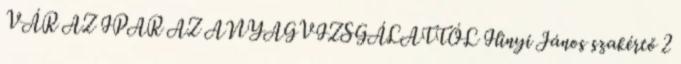
VÁR AZ IPAR AZ ANYAGVIZSGÁLATTÓL Ilinyi János szakértő 2